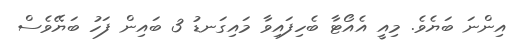
އިންނަ ބަޔެވެ. މިއީ އެއޯޓާ ބެހިފައިވާ މައިގަނޑު 3 ބައިން ފަހު ބަޔޭވެސް